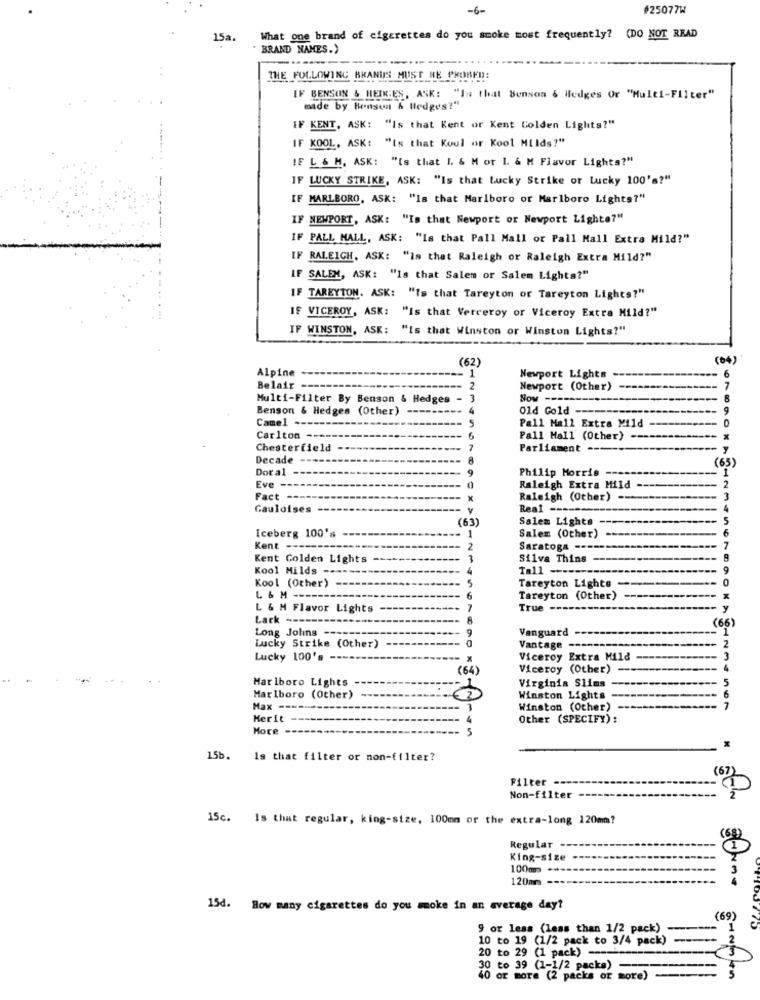
-6-
#25077W
15a.
What one brand of cigarettes do you smoke most frequently? (DO NOT READ
" BRAND NAMES.)
THE FOLLOWING BRANDS MUST BE PROBED:
IF BENSON & HEIK:ES, ASK: "In that Benson & Hedges Or "Multi-Filter"
made by Benson & Hedges?"
IF KENT, ASK: "Is that Kent or Kent Golden Lights?"
IF KOOL, ASK: "is that Koul or Kool Milds?"
IF L & M. ASK: "Is that I. & M or 1. & M Flavor Lights?"
IF LUCKY STRIKE, ASK: "Is that Lucky Strike or Lucky 100's?"
IF MARLBORO, ASK: "Is that Marlboro or Marlboro Lights?"
IF NEWPORT, ASK: "Is that Newport or Newport Lighte?"
IF PALL MALL, ASK: "Is that Pall Mall or Pall Mall Extra Mild?"
IF RALEIGH, ASK: "Is that Raleigh or Raleigh Extra Mild?"
IF SALEM, ASK: "Is that Salem or Salem Lights?"
IF TAREYTON. ASK: "Is that Tareyton or Tareyton Lights?"
IS VICEROY, ASK: "Is that Verceroy or Viceroy Extra Mild?"
IF WINSTON, ASK: "Is that Winston or Winston Lights?"
(62)
(04)
Alpine
6
Newport Lights
Belair --
2
Newport (Other)
7
Multi-Filter By Benson & Hedges
3
Sov ------
8
Benson & Hedges (Other)
4
Old Gold ----
9
Camel ---
Pall Mall Extra Mild
Carlton --
Pall Mall (Other)
Chesterfield
Parliament --
Decade
(65)
Dot al
Philip Morris
1
Eve ----
Raleigh Extra Mild
Fact
X
Raleigh (Other)
Gauloises
Real -----
(63)
Salem Lights -
Iceberg 100's
1
Salem (Other)
Kent
2
Saratoga ----
7
Kent Colden Lights
-
Silva Thins
Kool Milds -
Tall --------
Kool (Other)
5
Tareyton Lights
L & M ---
6
Tareyton (Other)
L & M Flavor Lights
1
True --
Lark ------
8
(66)
Long Jolis
9
Vanguard
1
Lucky Strike (Other)
Vantage ----
Lucky 100's --
-- x
Viceroy Extra Mild
(64)
Viceroy (Other)
Marlboro Lights
5
Virginia Slims
Marlboro (Other)
Winston Lights
Max ---
Winston (Other)
7
Merit
4
Other (SPECIFY) :
More
5
15b.
Is that filter or non-filter?
Filter
Non-filter
15c. Is that regular, king-size, 100mm or the extra-long 120mm?
Regular --
King-size
100m *
120m --
15d. How many cigarettes do you moke in an average day?
(69)
9 or less (less than 1/2 pack)
1
10 to 19 (1/2 pack to 3/4 pack)
20 to 29 (1 pack) ----
30 to 39 (1-1/2 packa)
40 or more (2 packs or more)